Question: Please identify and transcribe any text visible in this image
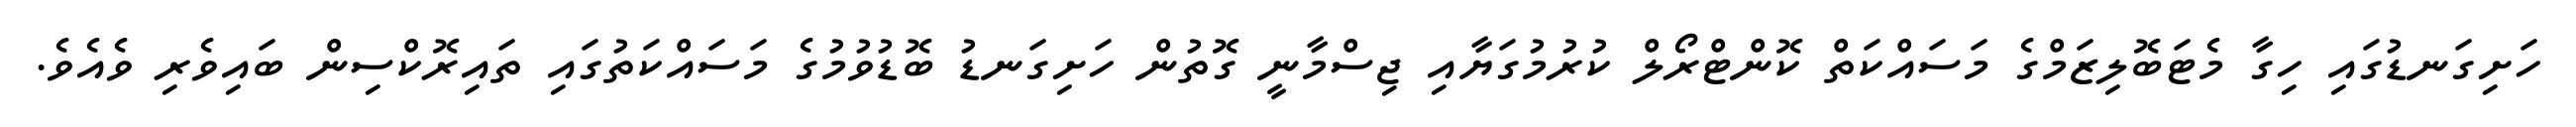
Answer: ހަށިގަނޑުގައި ހިގާ މެޓަބޮލިޒަމްގެ މަސައްކަތް ކޮންޓްރޯލް ކުރުމުގަޔާއި ޖިސްމާނީ ގޮތުން ހަށިގަނޑު ބޮޑުވުމުގެ މަސައްކަތުގައި ތައިރޮކްސިން ބައިވެރި ވެއެވެ.